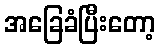
အခြေခံပြီးတော့